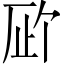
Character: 𪠉